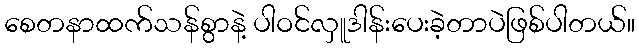
စေတနာထက်သန်စွာနဲ့ ပါဝင်လှူဒါန်းပေးခဲ့တာပဲဖြစ်ပါတယ်။